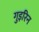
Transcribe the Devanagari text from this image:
गुइरिन